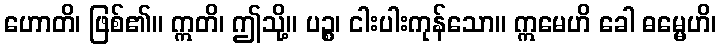
ဟောတိ၊ ဖြစ်၏။ ဣတိ၊ ဤသို့။ ပဉ္စ၊ ငါးပါးကုန်သော။ ဣမေဟိ ခေါ ဓမ္မေဟိ၊